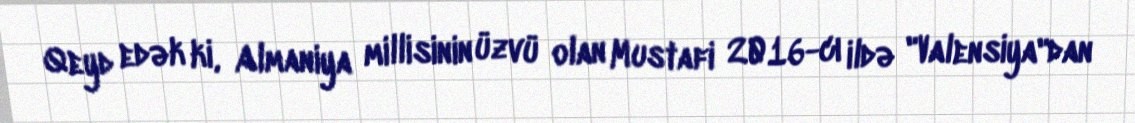
Qeyd edək ki, Almaniya millisinin üzvü olan Mustafi 2016-cı ildə "Valensiya"dan